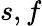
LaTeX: s,f